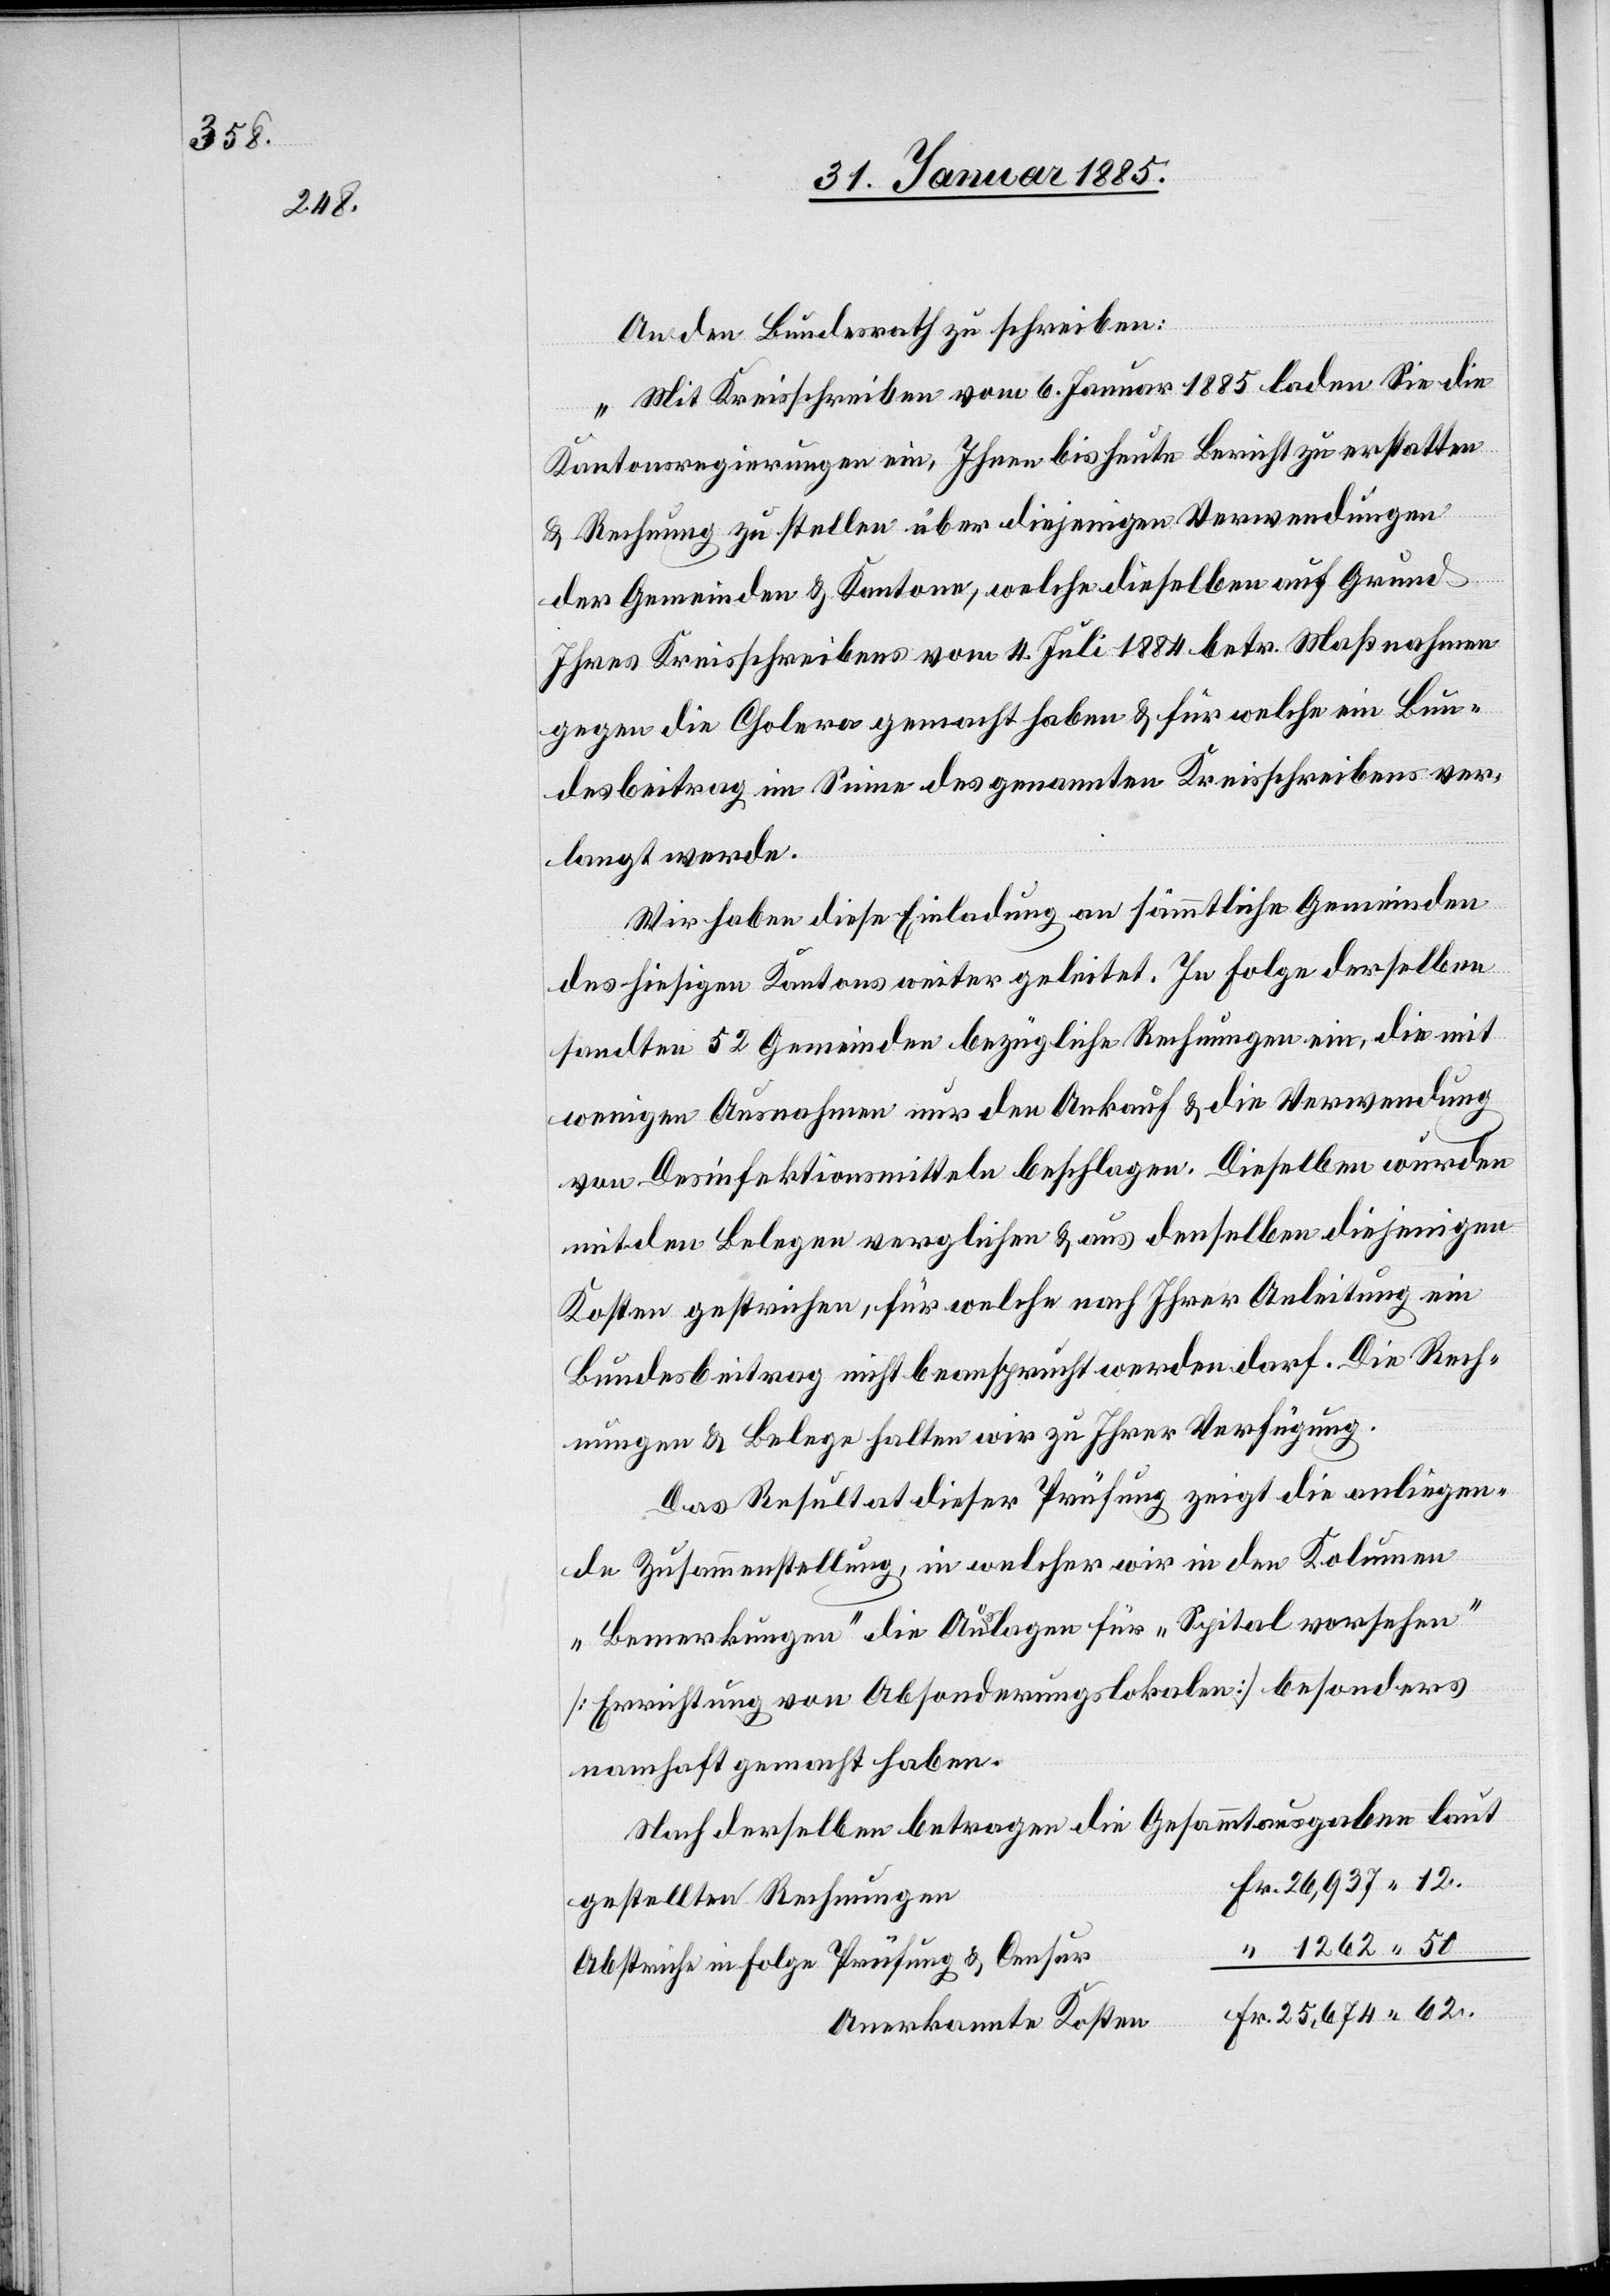
50.

An den Bundesrath zu schreiben:
„Mit Kreisschreiben vom 6. Januar 1885 laden Sie die
Kantonsregierungen ein, Ihnen bis heute Bericht zu erstatten
& Rechnung zu stellen über diejenigen Verwendungen
der Gemeinden & Kantone, welche dieselben auf Grund
Ihres Kreisschreibens vom 4. Juli 1884 betr. Maßnahmen
gegen die Cholera gemacht haben & für welche ein Bun¬
desbeitrag im Sinne des genannten Kreisschreibens ver¬
langt werde.
Wir haben diese Einladung an sämmtliche Gemeinden
des hiesigen Kantons weiter geleitet. In Folge derselben
sandten 52 Gemeinden bezügliche Rechnungen ein, die mit
wenigen Ausnahmen nur den Ankauf & die Verwendung
von Desinfektionsmitteln beschlagen. Dieselben werden
mit den Belegen verglichen & aus denselben diejenigen
Kosten gestrichen, für welche nach Ihrer Anleitung ein
Bundesbeitrag nicht beansprucht werden darf. Die Rech¬
nungen & Belege halten wir zu Ihrer Verfügung.
Das Resultat dieser Prüfung zeigt die anliegen¬
de Zusammenstellung, in welcher wir in den Kolumnen
„Bemerkungen“ die Auslagen für „Spitalvorsehen“
[Errichtung von Absonderungslokalen] besonders
namhaft gemacht haben.
Nach derselben betragen die Gesammtausgaben
26,937 12.
gestellten Rechnungen
Abstriche in Folge Prüfung & Censur
Anerkannte Kosten